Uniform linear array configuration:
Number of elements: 24
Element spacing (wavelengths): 1
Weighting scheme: hann
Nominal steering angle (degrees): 30
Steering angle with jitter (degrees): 28.989
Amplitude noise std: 0.05
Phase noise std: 0.05

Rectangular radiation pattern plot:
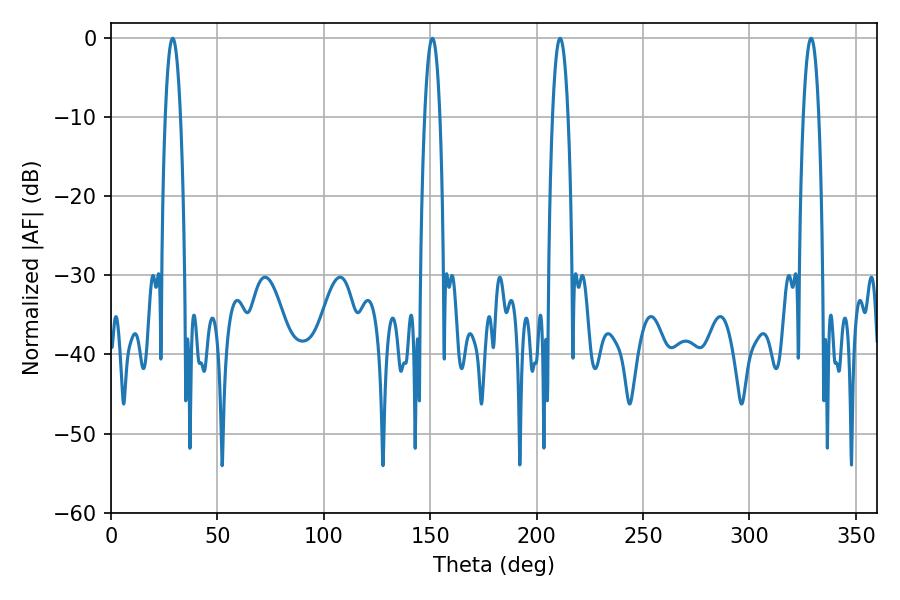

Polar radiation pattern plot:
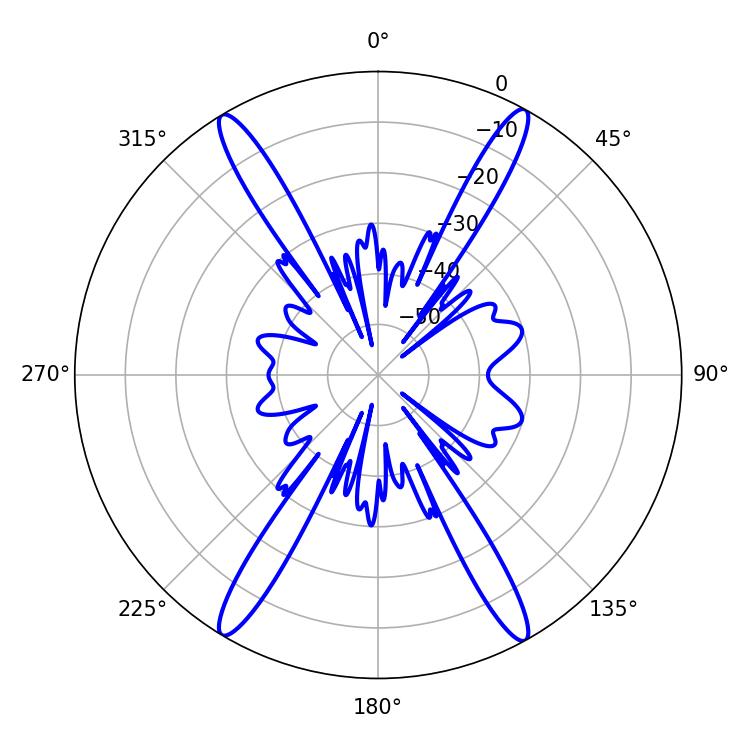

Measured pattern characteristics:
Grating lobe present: TRUE
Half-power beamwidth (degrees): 3.96
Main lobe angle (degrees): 28.98